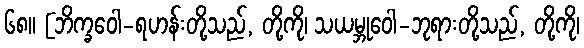
၆၈။ [ဘိက္ခဝေါ-ရဟန်းတို့သည်, တို့ကို၊ သယမ္ဘုဝေါ-ဘုရားတို့သည်, တို့ကို၊